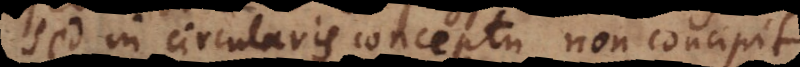
Sed in circularis conceptu non concipit